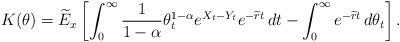
\begin{align*}K(\theta) = \widetilde{E}_x\left[\int_{0}^{\infty}\frac{1}{1-\alpha}\theta^{1-\alpha}_{t} e^{X_t-Y_t}e^{-\widetilde{r}t}\,dt -\int_{0}^{\infty}e^{-\widetilde{r}t}\,d\theta_{t}\right] .\end{align*}